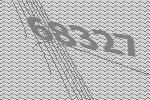
68327